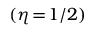
( \eta \! = \! 1 / 2 )